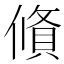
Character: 𬿩